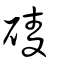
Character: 碐